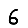
Digit: 6